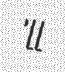
'll